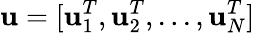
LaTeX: \textbf{u}=[\textbf{u}_{1}^{T},\textbf{u}_{2}^{T},...,\textbf{u}_{N}^{T}]